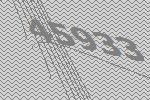
45933